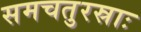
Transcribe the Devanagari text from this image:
समचतुरस्राः